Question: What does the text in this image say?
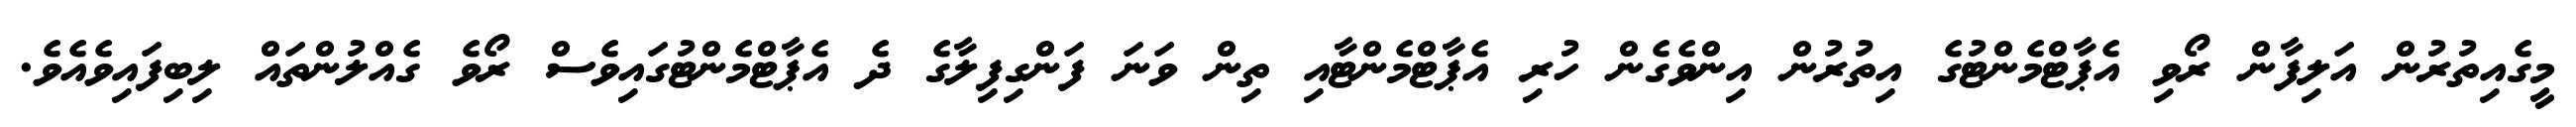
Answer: މީގެއިތުރުން އަލިފާން ރޯވި އެޕާޓްމެންޓުގެ އިތުރުން އިންވެގެން ހުރި އެޕާޓްމެންޓާއި ތިން ވަނަ ފަންގިފިލާގެ ދެ އެޕާޓްމެންޓުގައިވެސް ރޯވެ ގެއްލުންތައް ލިބިފައިވެއެވެ.